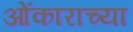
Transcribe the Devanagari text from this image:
ओंकाराच्या